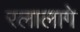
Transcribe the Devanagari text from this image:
रलालागे